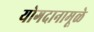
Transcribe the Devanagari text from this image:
योगदानामूळे